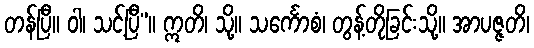
တန်ပြီ။ ဝါ၊ သင့်ပြီ”။ ဣတိ၊ သို့။ သင်္ကောစံ၊ တွန့်တိုခြင်းသို့။ အာပဇ္ဇတိ၊